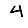
Digit: 4